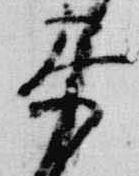
参